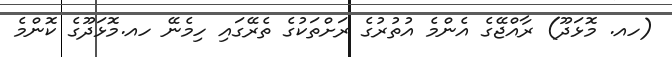
(ހއ. މޮޅަދޫ) ރާއްޖޭގެ އެންމެ އުތުރުގެ ރަށްތަކުގެ ތެރޭގައި ހިމެނޭ ހއ.މޮޅަދޫގެ ކޮންމެ